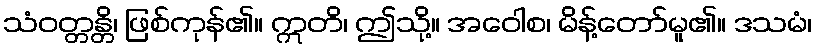
သံဝတ္တန္တိ၊ ဖြစ်ကုန်၏။ ဣတိ၊ ဤသို့။ အဝေါစ၊ မိန့်တော်မူ၏။ ဒသမံ၊